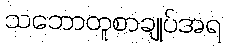
သဘောတူစာချုပ်အရ